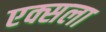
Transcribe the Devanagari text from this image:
एक्सला